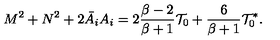
M ^ { 2 } + N ^ { 2 } + 2 \bar { A } _ { i } A _ { i } = 2 { \frac { \beta - 2 } { \beta + 1 } } { \cal T } _ { 0 } + { \frac { 6 } { \beta + 1 } } { \cal T } _ { 0 } ^ { * } .